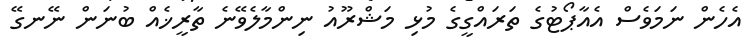
އެހެން ނަމަވެސް އެއާޕޯޓުގެ ތަރައްގީގެ މުޅި މަޝްރޫއު ނިންމާލެވޭނެ ތާރީޚެއް ބުނަން ނޭނގޭ